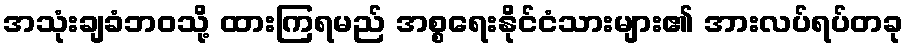
အသုံးချခံဘဝသို့ ထားကြရမည် အစ္စရေးနိုင်ငံသားများ၏ အားလပ်ရပ်တခု